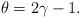
LaTeX: \begin{align*} \theta=2\gamma -1. \end{align*}